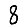
Digit: 8